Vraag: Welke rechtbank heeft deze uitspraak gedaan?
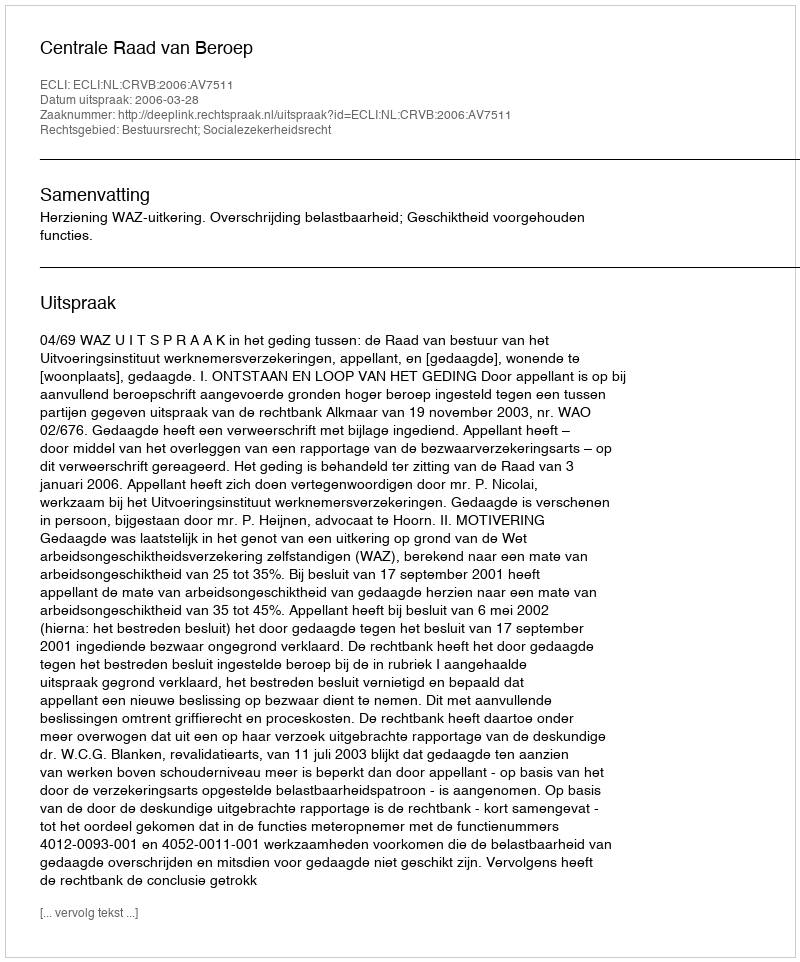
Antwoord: Centrale Raad van Beroep